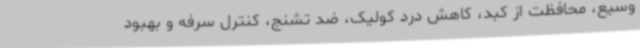
وسیع، محافظت از کبد، کاهش درد کولیک، ضد تشنج، کنترل سرفه و بهبود